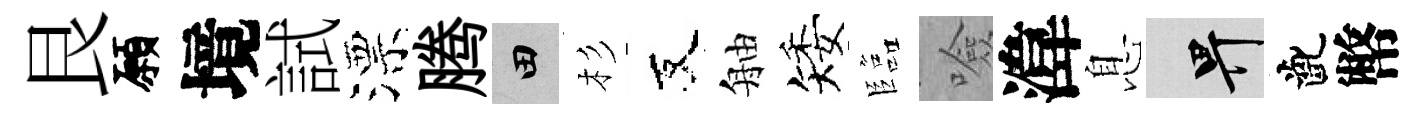
艮願境試漂腾田杉友舳矮臨噞湋息畀齔幣